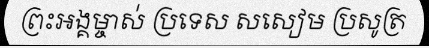
ព្រះអង្គម្ចាស់ ប្រទេស សសៀម ប្រសូត្រ